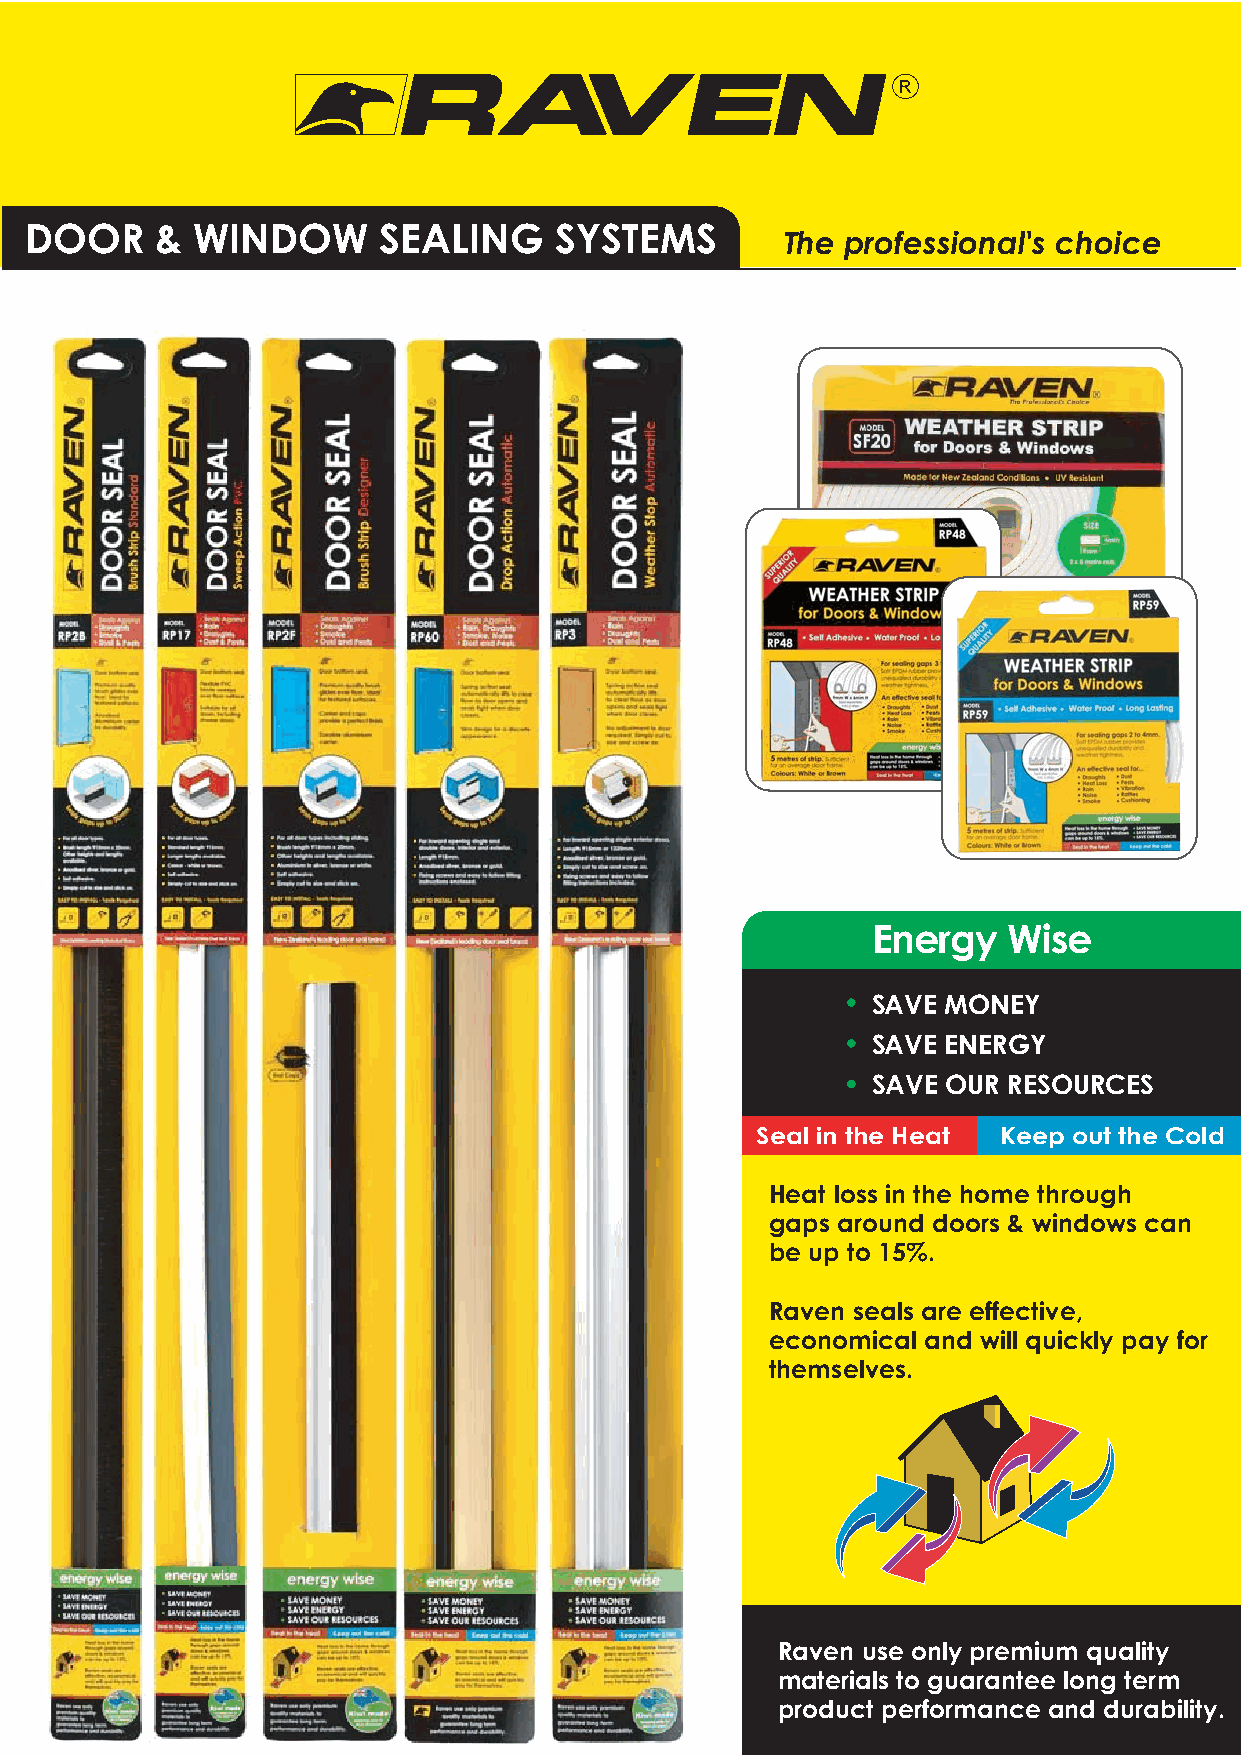
DOOR    &  WINDOW      SEALING     SYSTEMS        The professional's choice
 Energy   Wise
 SAVE MONEY
 SAVE ENERGY
 SAVE OUR RESOURCES
 Seal in the Heat Keep out the Cold
 Heat loss in the home through
 gaps around doors & windows can
 be up to 15%.
 Raven seals are effective,
 economical and will quickly pay for
 themselves.
 Raven use only premium quality
 materials to guarantee long term
 product performance and durability.